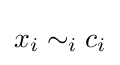
x_{i}\sim _{i}c_{i}